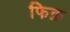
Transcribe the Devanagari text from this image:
फिक़